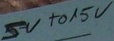
Text: 5V to 15V